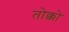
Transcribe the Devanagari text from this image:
तोक्को